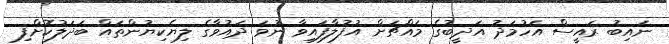
ނައިބު ރައީސް އަހުމަދު އަދީބުގެ މައްޗަށް އުފުލާފައިވާ ނުވަ ދައުވާގެ ލިޔެކިޔުންތައް ބަދަލުކޮށްފި